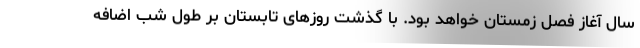
سال آغاز فصل زمستان خواهد بود. با گذشت روزهای تابستان بر طول شب اضافه